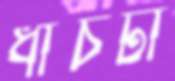
ধাঁচটা